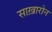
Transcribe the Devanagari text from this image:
साख़ारोन